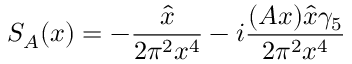
S _ { A } ( x ) = - \frac { \hat { x } } { 2 \pi ^ { 2 } x ^ { 4 } } - i \frac { ( A x ) \hat { x } \gamma _ { 5 } } { 2 \pi ^ { 2 } x ^ { 4 } }